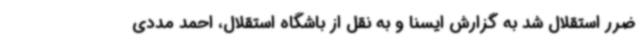
ضرر استقلال شد به گزارش ایسنا و به نقل از باشگاه استقلال، احمد مددی